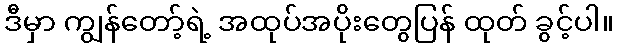
ဒီမှာ ကျွန်တော့်ရဲ့ အထုပ်အပိုးတွေပြန် ထုတ် ခွင့်ပါ။